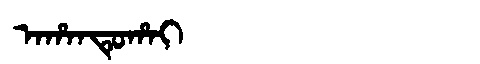
Manchu: ᠠᡥᠠᠨᡨᡠᡥᠠᡳ
Romanization: AHANTUHAI